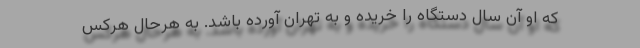
که او آن سال دستگاه را خریده و به تهران آورده باشد. به هرحال هرکس